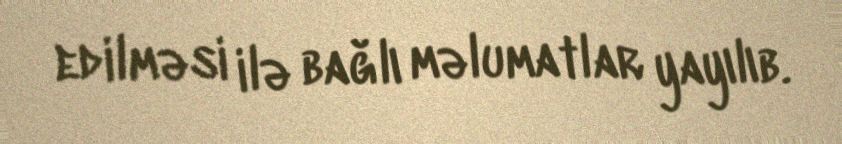
edilməsi ilə bağlı məlumatlar yayılıb.